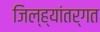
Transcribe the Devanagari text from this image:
जिल्ह्यांतर्गत